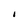
Character: l